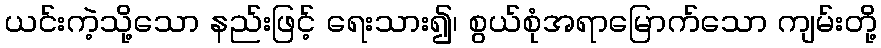
ယင်းကဲ့သို့သော နည်းဖြင့် ရေးသား၍၊ စွယ်စုံအရာမြောက်သော ကျမ်းတို့